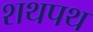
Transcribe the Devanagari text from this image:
शथपथ